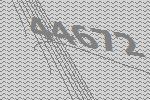
44672